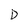
Character: D